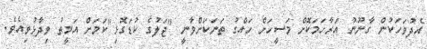
އެދުވަހަކުން ގާނޫނު އަރާހަމަކޮށް މަސީހަށް ހައްގު ތަނަކަށްވާނީ "ޖަލުގެ ކުޑަގޮޅި"ކަމަށް އަމީތު ވިދާޅުވިއެވެ.